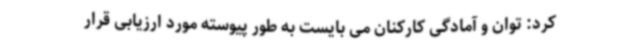
کرد: توان و آمادگی کارکنان می بایست به طور پیوسته مورد ارزیابی قرار